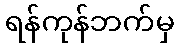
ရန်ကုန်ဘက်မှ